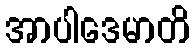
အာပါဒေမာတိ